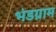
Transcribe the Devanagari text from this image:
भंडग्राम